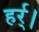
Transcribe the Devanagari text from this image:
हर्र्।